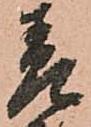
差